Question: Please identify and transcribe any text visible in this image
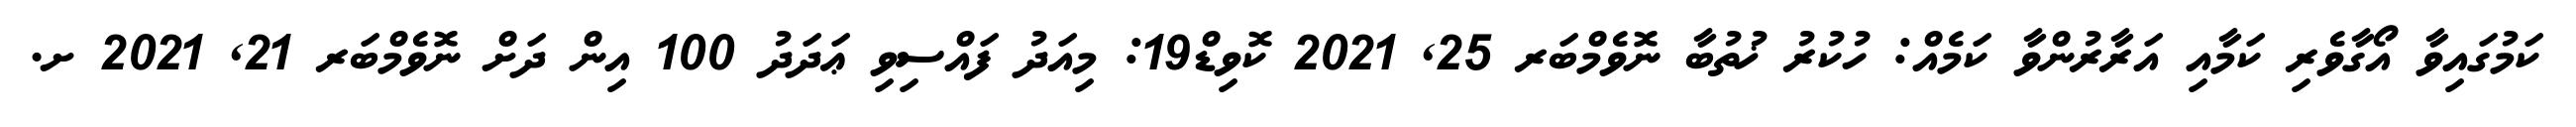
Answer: ކަމުގައިވާ އޯގާވެރި ކަމާއި އަރާރުންވާ ކަމެއް: ހުކުރު ޚުތުބާ ނޮވެމްބަރ 25, 2021 ކޮވިޑް19: މިއަދު ފައްސިވި ޢަދަދު 100 އިން ދަށް ނޮވެމްބަރ 21, 2021 ށ.